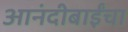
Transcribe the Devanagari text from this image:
आनंदीबाईंचा